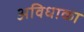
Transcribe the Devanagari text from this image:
अविधाका